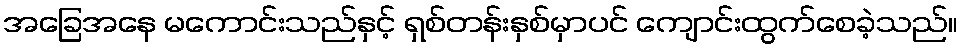
အခြေအနေ မကောင်းသည်နှင့် ရှစ်တန်းနှစ်မှာပင် ကျောင်းထွက်စေခဲ့သည်။